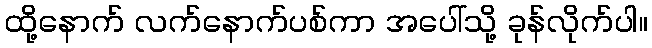
ထို့နောက် လက်နောက်ပစ်ကာ အပေါ်သို့ ခုန်လိုက်ပါ။